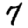
Digit: 7